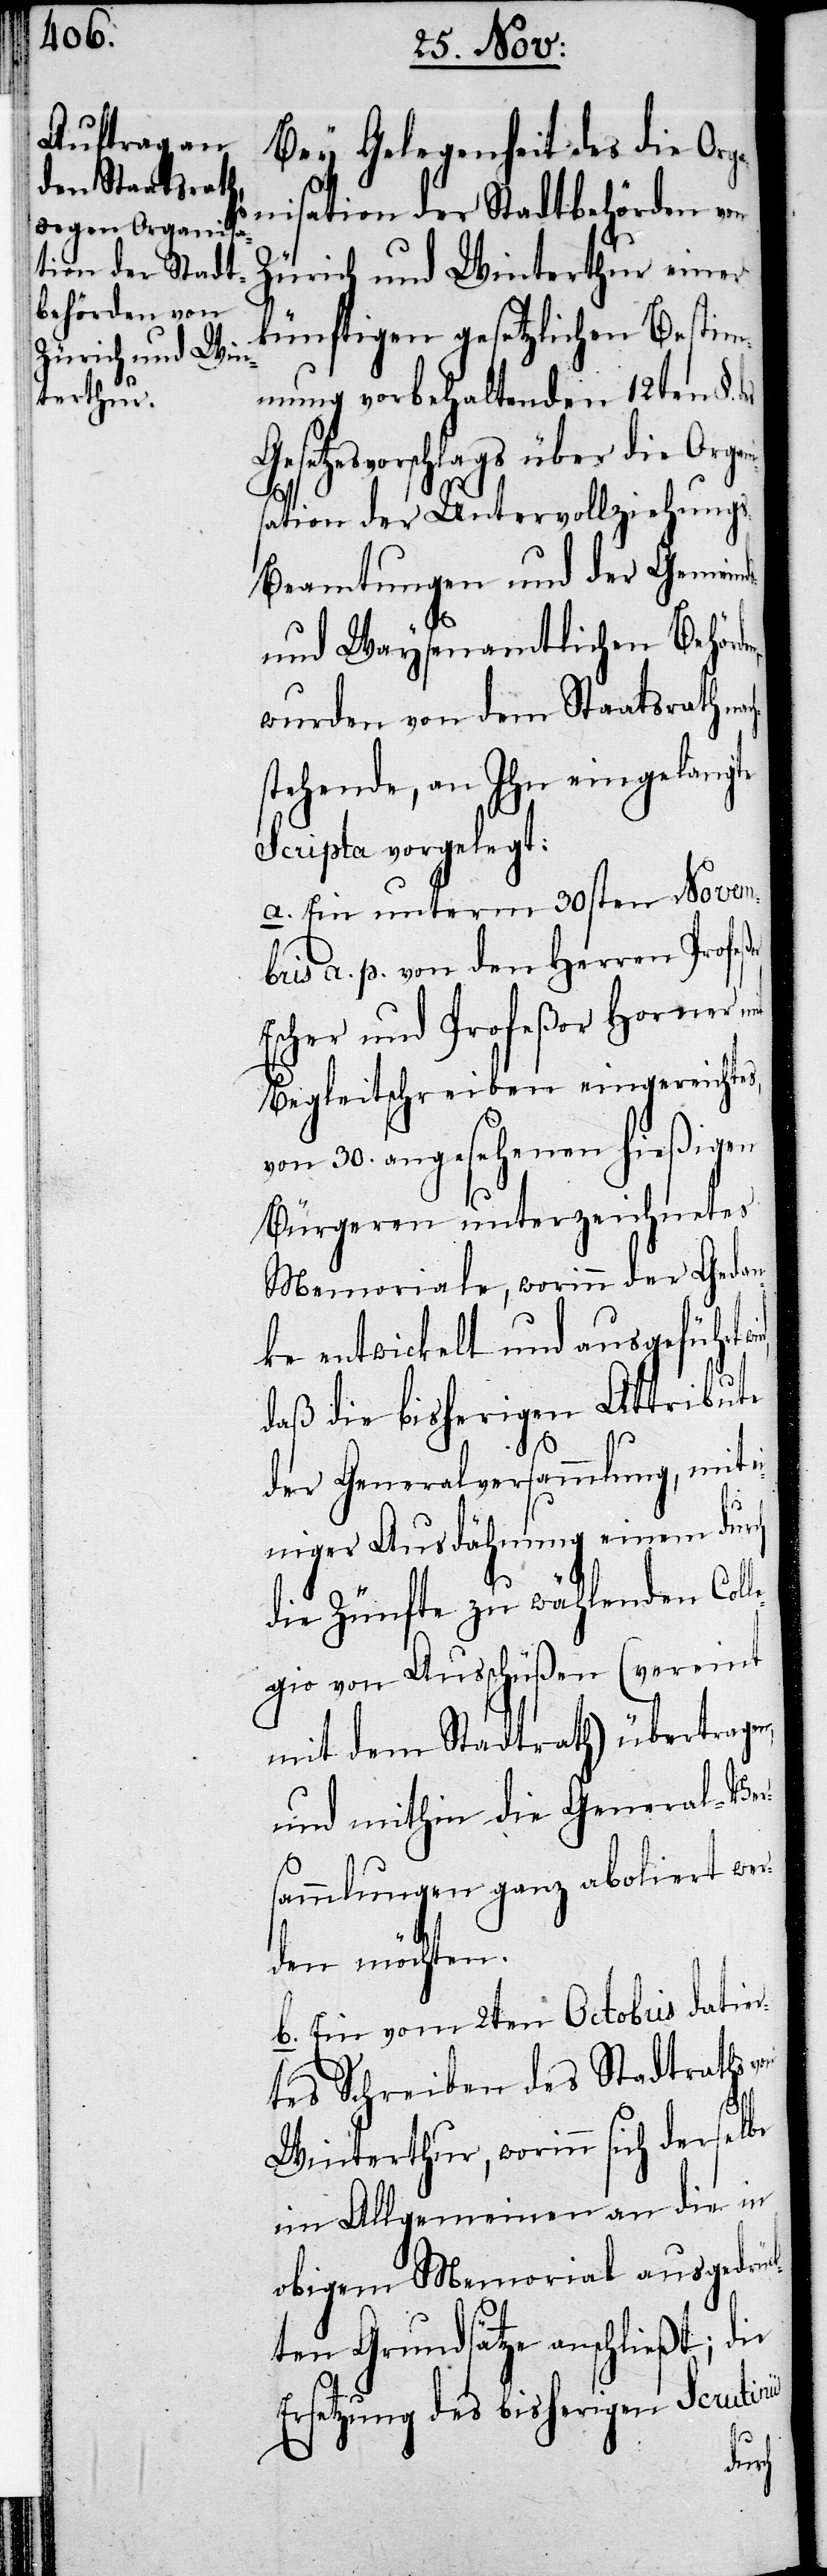
Bey Gelegenheit des die Orga¬
nisation der Stadtbehörden von
Zürich und Winterthur einer
künftigen gesetzlichen Bestim¬
mung vorbehaltenden 12ten §.
zesvorschlags über die Org¬
sation der Untervollziehung¬
s-Beamtungen und der Gemein¬
und Waysenamtlichen Behörd¬
wurden von dem Staatsrath na¬
stehende, an Ihn eingelangte
Scripta vorgelegt:
a. Ein unterm 30sten Novem¬
bris a. p. von den Herren Profeß¬
Escher und Profeßor Horner
Begleitschreiben eingereichtes,
von 30. angesehenen hießigen
Bürgeren unterzeichnetes
Memoriale, worinn der Gedan¬
ke entwickelt und ausgeführt
daß die bisherigen Attribute
der Generalversammlung, mit e¬
iniger Ausdähnung einem durch
die Zünfte zu wählenden Coll¬
egio von Ausschüßen (vereint
mit dem Stadtrath) übertragen,
und mithin die General-Vers¬
ammlungen ganz aboliert wer¬
den möchten.
b. Ein vom 2ten Octobris datier¬
tes Schreiben des Stadtraths
von
Winterthur, worinn sich derselbe
im Allgemeinen an die in
obigem Memorial ausgedrüc¬
kten Grundsätze anschließt; die
Ersetzung des bisherigen Scrutinii